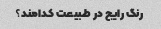
رنگ رایج در طبیعت کدامند؟